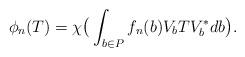
LaTeX: \begin{align*} \phi_{n}(T)=\chi \big ( \int_{b \in P} f_{n}(b)V_{b}TV_{b}^{*}db \big). \end{align*}